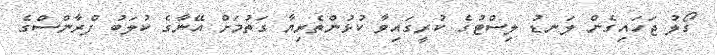
ގޯލު ޖަހައިގެން ލަނޑު ލިސްޓުގެ ކުރީގައިވާ ކުޅުންތެރިޔާ ގަތުމަށް އޭނާގެ ކުލަބު ފްރާންސްގެ